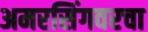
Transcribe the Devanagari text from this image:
अमरसिंगवरचा